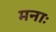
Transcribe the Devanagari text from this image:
मनाः